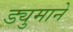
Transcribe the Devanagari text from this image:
ड्युमाने